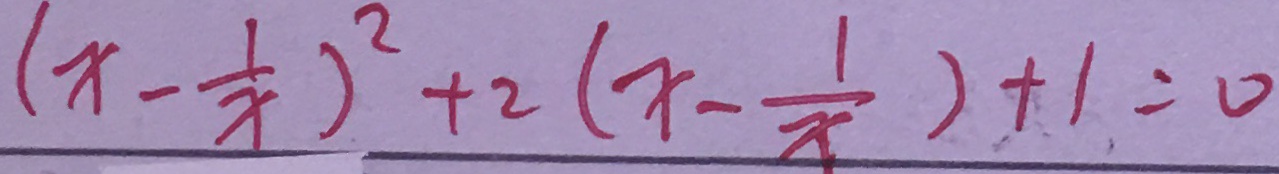
( x - \frac { 1 } { x } ) ^ { 2 } + 2 ( x - \frac { 1 } { x } ) + 1 = 0